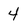
Character: 4